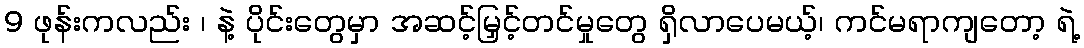
9 ဖုန်းကလည်း ၊ နဲ့ ပိုင်းတွေမှာ အဆင့်မြှင့်တင်မှုတွေ ရှိလာပေမယ့်၊ ကင်မရာကျတော့ ရဲ့